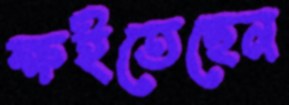
ক্ষইতেছেন